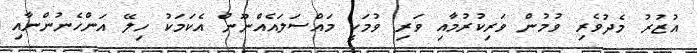
އުޒުރު މެދުވެރި ވުމުން ވަރިކުރުމާއި ވަރި ވުމަކީ މައްސަލައެއްނޫން އެކަމަކު ހިލޭ އަންހެނުންނާއި